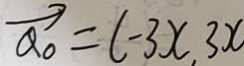
\overrightarrow { a _ { 0 } } = ( - 3 x , 3 x